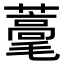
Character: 𦿗